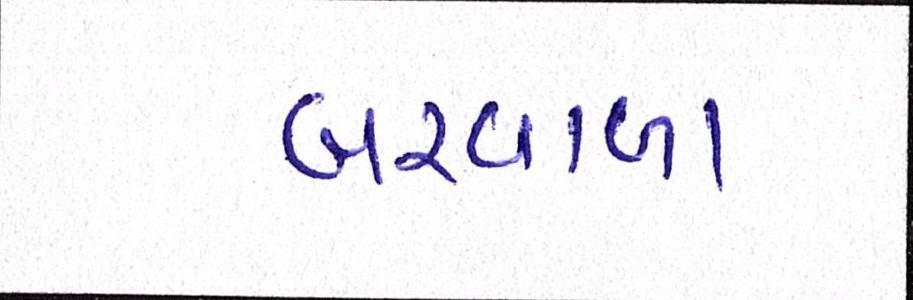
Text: બરવાળા